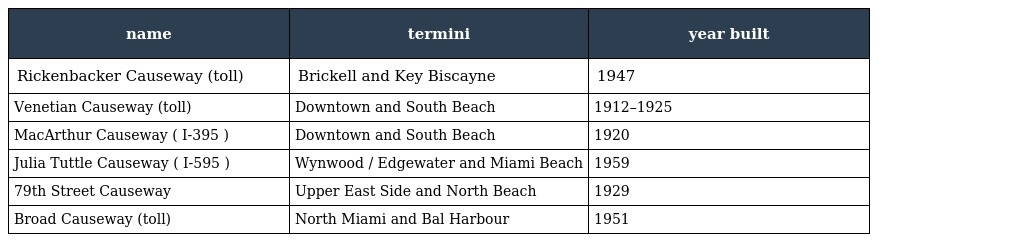
| name | termini | year built |
 | --- | --- | --- |
 | Rickenbacker Causeway (toll) | Brickell and Key Biscayne | 1947 |
 | Venetian Causeway (toll) | Downtown and South Beach | 1912–1925 |
 | MacArthur Causeway ( I-395 ) | Downtown and South Beach | 1920 |
 | Julia Tuttle Causeway ( I-595 ) | Wynwood / Edgewater and Miami Beach | 1959 |
 | 79th Street Causeway | Upper East Side and North Beach | 1929 |
 | Broad Causeway (toll) | North Miami and Bal Harbour | 1951 |